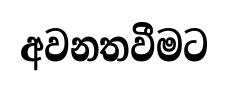
අවනතවීමට